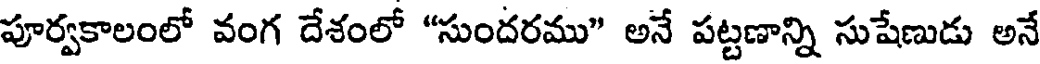
పూర్వకాలంలో వంగ దేశంలో "సుందరము" అనే పట్టణాన్ని సుషేణుడు అనే